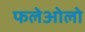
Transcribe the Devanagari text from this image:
फलेओलो